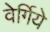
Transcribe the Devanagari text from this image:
वेर्गिये